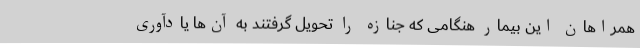
همراهان این بیمار هنگامی که جنازه را تحویل گرفتند به آن‌ها یادآوری